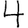
Digit: 4